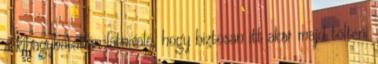
a kihagyhatatlan látnivaló, hogy biztosan itt akar majd tölteni